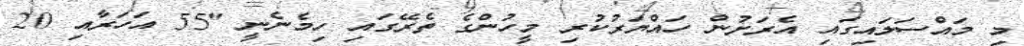
މި މައްސަލައިގައި އެރަށުން ހައްޔަރުކުރި މީހުންގެ ތެރޭގައި ހިމެނެނީ "55 އަހަރާއި 20